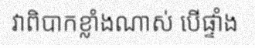
វាពិបាកខ្លាំងណាស់ បើផ្ទាំង